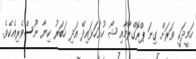
ހަމީދަކީ ވަރަށް ގިނަ ޕްރޮގްރާމާއި ޝޯ ހުށަހަޅައިދޭ އަދި ހަބަރު ކިޔާ ނޫސްވެރިއެކެވެ.